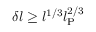
\delta l \ge l ^ { 1 / 3 } l _ { \mathrm { P } } ^ { 2 / 3 }